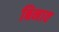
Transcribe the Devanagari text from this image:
बिनाव